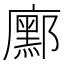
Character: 𭚆